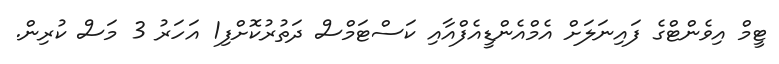
ޓީމް އިވެންޓްގެ ފައިނަލަށް އެމްއެންޑީއެފްއާއި ކަސްޓަމްސް ދަތުރުކޮށްފި1 އަހަރު 3 މަސް ކުރިން.